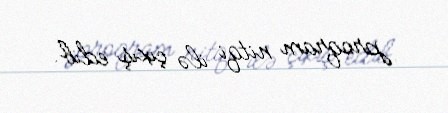
proqram nitqi ilə çıxış edib.